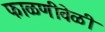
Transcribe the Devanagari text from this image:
फाळणीवेळी